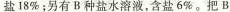
盐18%；另有B.种盐水溶液，含盐6%。把B